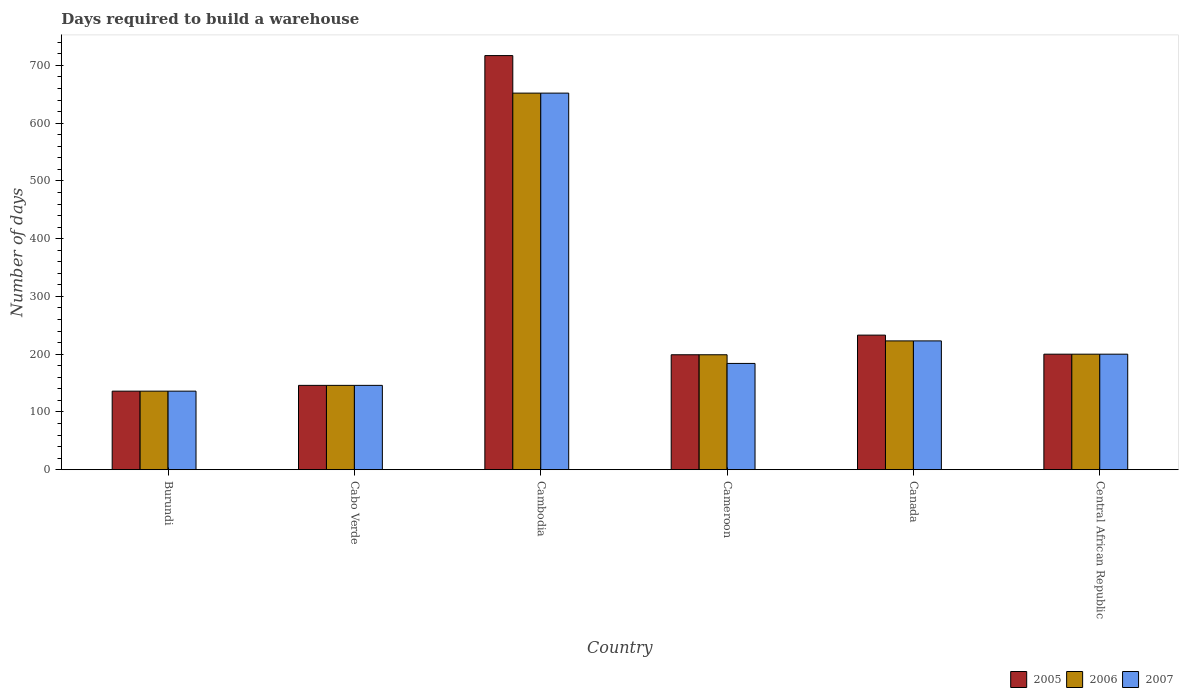
| Country | 2005 | 2006 | 2007 |
 | --- | --- | --- | --- |
 | Burundi | 136 | 136 | 136 |
 | Cabo Verde | 146 | 146 | 146 |
 | Cambodia | 717 | 652 | 652 |
 | Cameroon | 199 | 199 | 184 |
 | Canada | 233 | 223 | 223 |
 | Central African Republic | 200 | 200 | 200 |